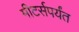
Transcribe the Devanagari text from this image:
मीटर्सपर्यंत